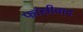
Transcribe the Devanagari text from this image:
फांसीवाद